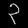
Digit: ၃